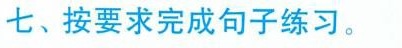
七、按要求完成句子练习。